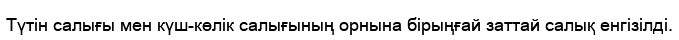
Түтін салығы мен күш-көлік салығының орнына бірыңғай заттай салық енгізілді.